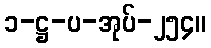
၁-ဋ္ဌ-ပ-အုပ်-၂၅၄။